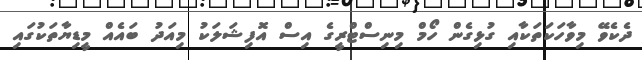
ދެކެވޭ މިވާހަކަތަކާއި ގުޅިގެން ހޯމް މިނިސްޓްރީގެ އިސް އޮފިޝަލަކު މިއަދު ބައެއް މީޑިޔާތަކުގައި